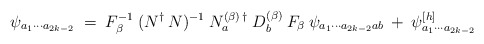
\begin{align*}\psi_{a_1 \cdots a_{2k-2}} \;=\; F_\beta^{-1} \:(N^\dagger\:N)^{-1} \:N_a^{(\beta) \:\dagger} \:D_b^{(\beta)} \:F_\beta\:\psi_{a_1\cdots a_{2k-2}a b}\:+\: \psi^{[h]}_{a_1 \cdots a_{2k-2}}\end{align*}